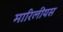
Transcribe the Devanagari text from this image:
मारिलीयस